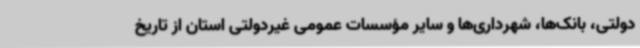
دولتی، بانک‌ها، شهرداری‌ها و سایر مؤسسات عمومی غیردولتی استان از تاریخ